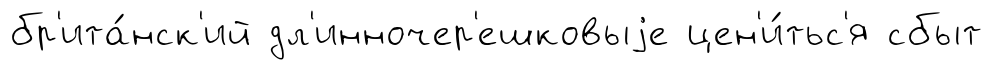
бр'ита́нск'ий дл'инночер'ешковыjе цен'и́тьс'я сбыт